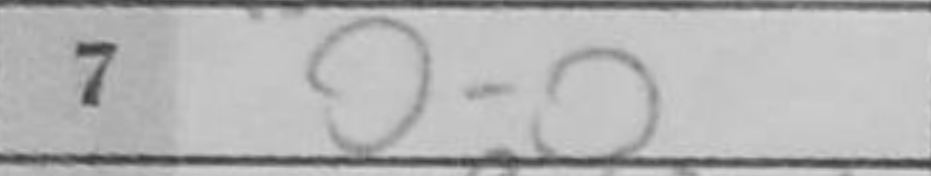
Transcription: O-O